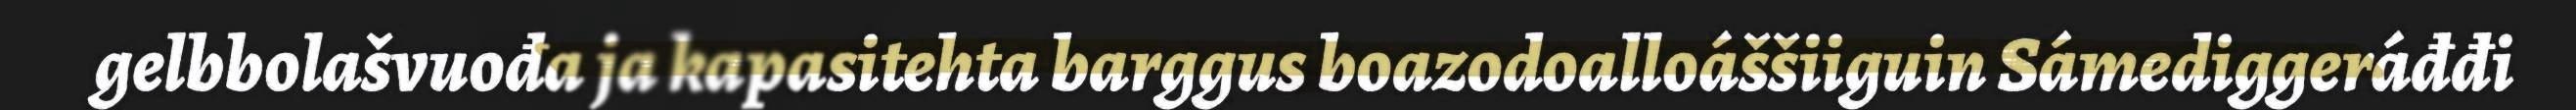
gelbbolašvuođa ja kapasitehta barggus boazodoalloáššiiguin Sámediggeráđđi